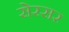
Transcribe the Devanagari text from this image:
सेरसर